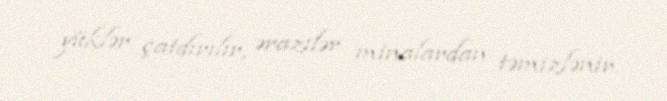
yüklər çatdırılır, ərazilər minalardan təmizlənir.